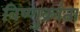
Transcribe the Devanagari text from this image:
विष्णुक्रांता